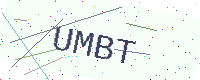
Text: UMBT